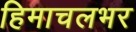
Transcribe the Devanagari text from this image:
हिमाचलभर